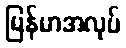
မြန်မာအလုပ်